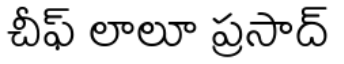
చీఫ్ లాలూ ప్రసాద్